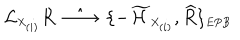
{ \cal L } _ { \scriptscriptstyle X _ { ( i ) } } R \; \; \hat { \longrightarrow } \; \; \{ - \widetilde { \cal H } _ { \scriptscriptstyle X _ { ( i ) } } , \widehat { R } \} _ { \scriptscriptstyle E P B }